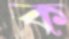
ক